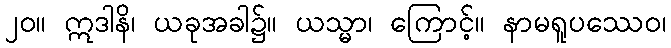
၂၀။ ဣဒါနိ၊ ယခုအခါ၌။ ယသ္မာ၊ ကြောင့်။ နာမရူပဿေဝ၊